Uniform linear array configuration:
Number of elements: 16
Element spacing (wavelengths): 0.25
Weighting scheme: uniform
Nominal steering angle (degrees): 30
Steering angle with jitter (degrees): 28.071
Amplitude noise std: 0.05
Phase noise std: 0.05

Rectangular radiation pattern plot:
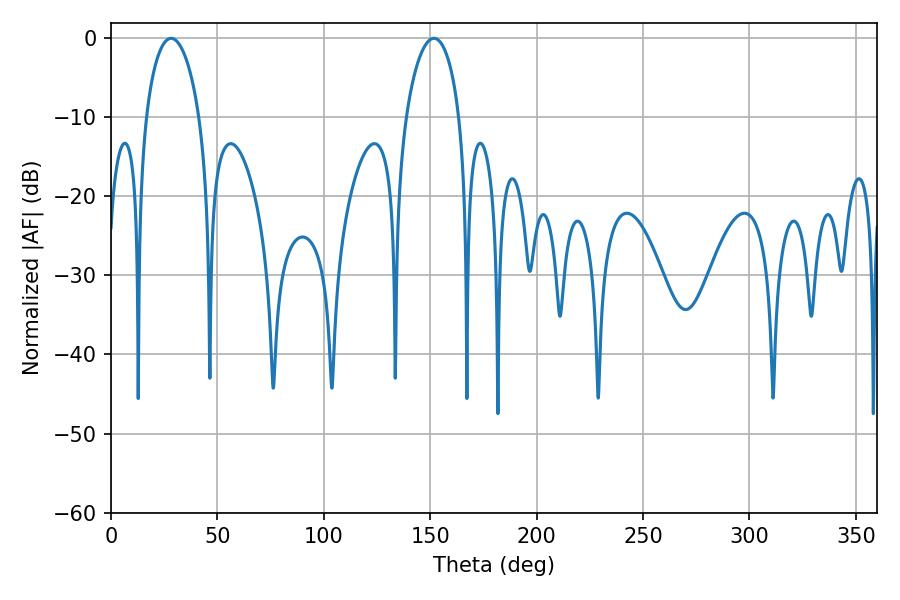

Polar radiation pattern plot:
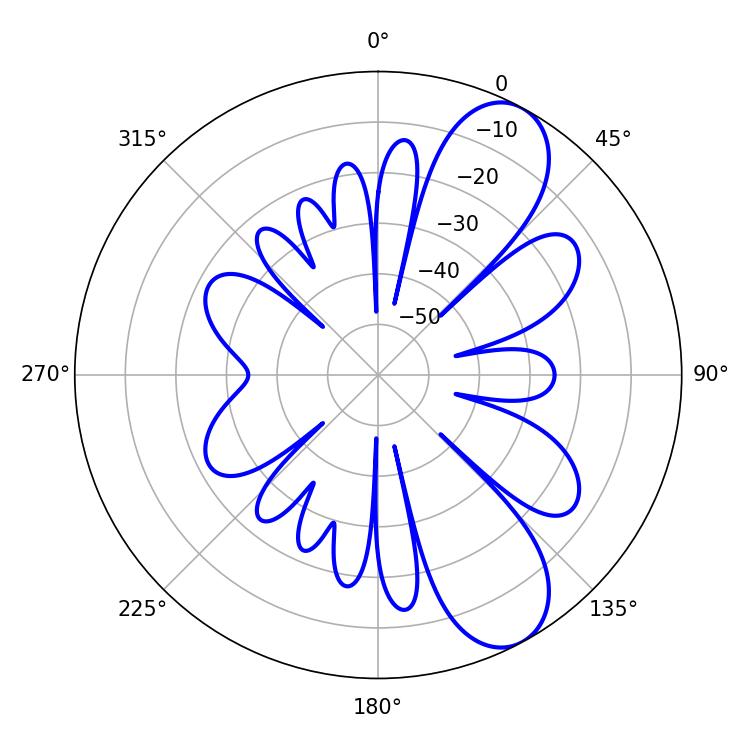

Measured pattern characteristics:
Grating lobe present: FALSE
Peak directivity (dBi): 8.813
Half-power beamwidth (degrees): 14.4
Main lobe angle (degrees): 28.26